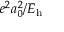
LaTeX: e ^ { 2 } a _ { 0 } ^ { 2 } / E _ { \mathrm { h } }